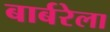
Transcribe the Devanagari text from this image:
बार्बरेला